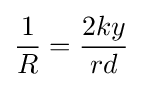
{\frac {1}{R}}={\frac {2ky}{rd}}